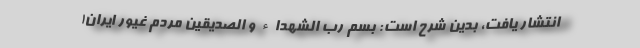
انتشار یافت، بدین شرح است: بسم رب الشهداء و الصدیقین مردم غیور ایران!